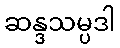
ဆန္ဒသမ္ပဒါ